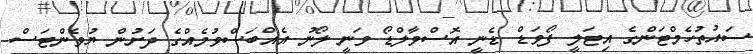
ސައުތުހެމްޓަންގެ އިޓަލީ ފޯވަޑް ޑެނީ އޮސްވާލްޑޯ ވަނީ ލޯނު އެއްބަސްވުމެއްގެ ދަށުން ޔުވެންޓަސް